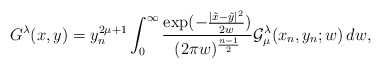
\begin{align*} G^{\lambda}(x,y) = y_n^{2\mu+1}\int_0^\infty \frac{\exp({-\frac{|\tilde{x}-\tilde{y}|^2}{2w}})}{(2\pi w)^{\frac{n-1}{2}}} {\mathcal{G}}_{\mu}^{\lambda}(x_n,y_n;w)\,dw\/,\end{align*}